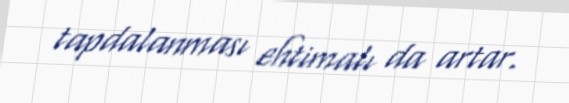
tapdalanması ehtimalı da artar.